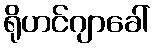
ရိုဟင်ဂျာခေါ်